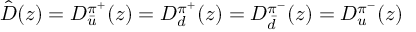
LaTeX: \hat { D } ( z ) = D _ { \bar { u } } ^ { \pi ^ { + } } ( z ) = D _ { d } ^ { \pi ^ { + } } ( z ) = D _ { \bar { d } } ^ { \pi ^ { - } } ( z ) = D _ { u } ^ { \pi ^ { - } } ( z )